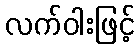
လက်ဝါးဖြင့်